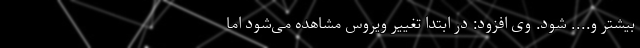
بیشتر و.... شود. وی افزود: در ابتدا تغییر ویروس مشاهده می‌شود اما